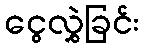
ငွေလွှဲခြင်း